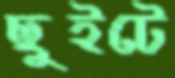
ছুইটে